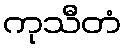
ကုသီတံ